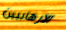
الارهابيين